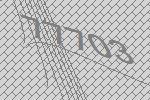
77703